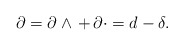
\begin{align*}\partial = \partial \wedge \, + \, \partial \cdot = d-\delta .\end{align*}